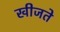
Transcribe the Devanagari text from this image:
खीजते